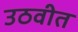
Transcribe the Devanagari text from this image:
उठवीत